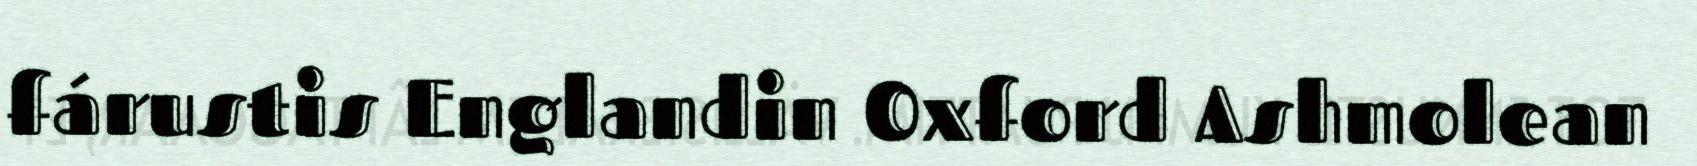
fárustis Englandin Oxford Ashmolean